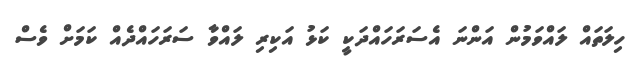
ހިލަތައް ލައްވަމުން އަންނަ އެސަރަހައްދަކީ ކަޅު އަކިރި ލައްވާ ސަރަހައްދެއް ކަމަށް ވެސް